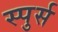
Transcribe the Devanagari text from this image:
स्पुर्स